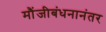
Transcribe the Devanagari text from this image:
मौंजीबंधनानंतर